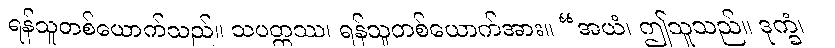
ရန်သူတစ်ယောက်သည်။ သပတ္တဿ၊ ရန်သူတစ်ယောက်အား။ “အယံ၊ ဤသူသည်။ ဒုက္ခံ၊